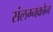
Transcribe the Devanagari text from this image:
संलग्नकोन